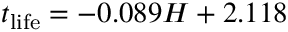
t _ { \mathrm { l i f e } } = - 0 . 0 8 9 H + 2 . 1 1 8